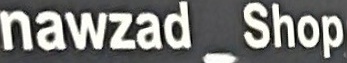
nawzad_Shop